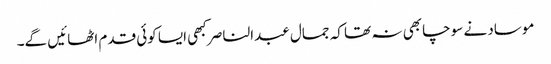
موساد نے سوچا بھی نہ تھا کہ جمال عبدالناصر کبھی ایسا کوئی قدم اٹھائیں گے۔